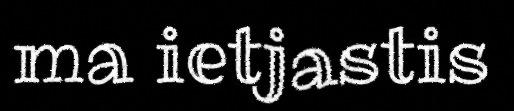
ma ietjastis